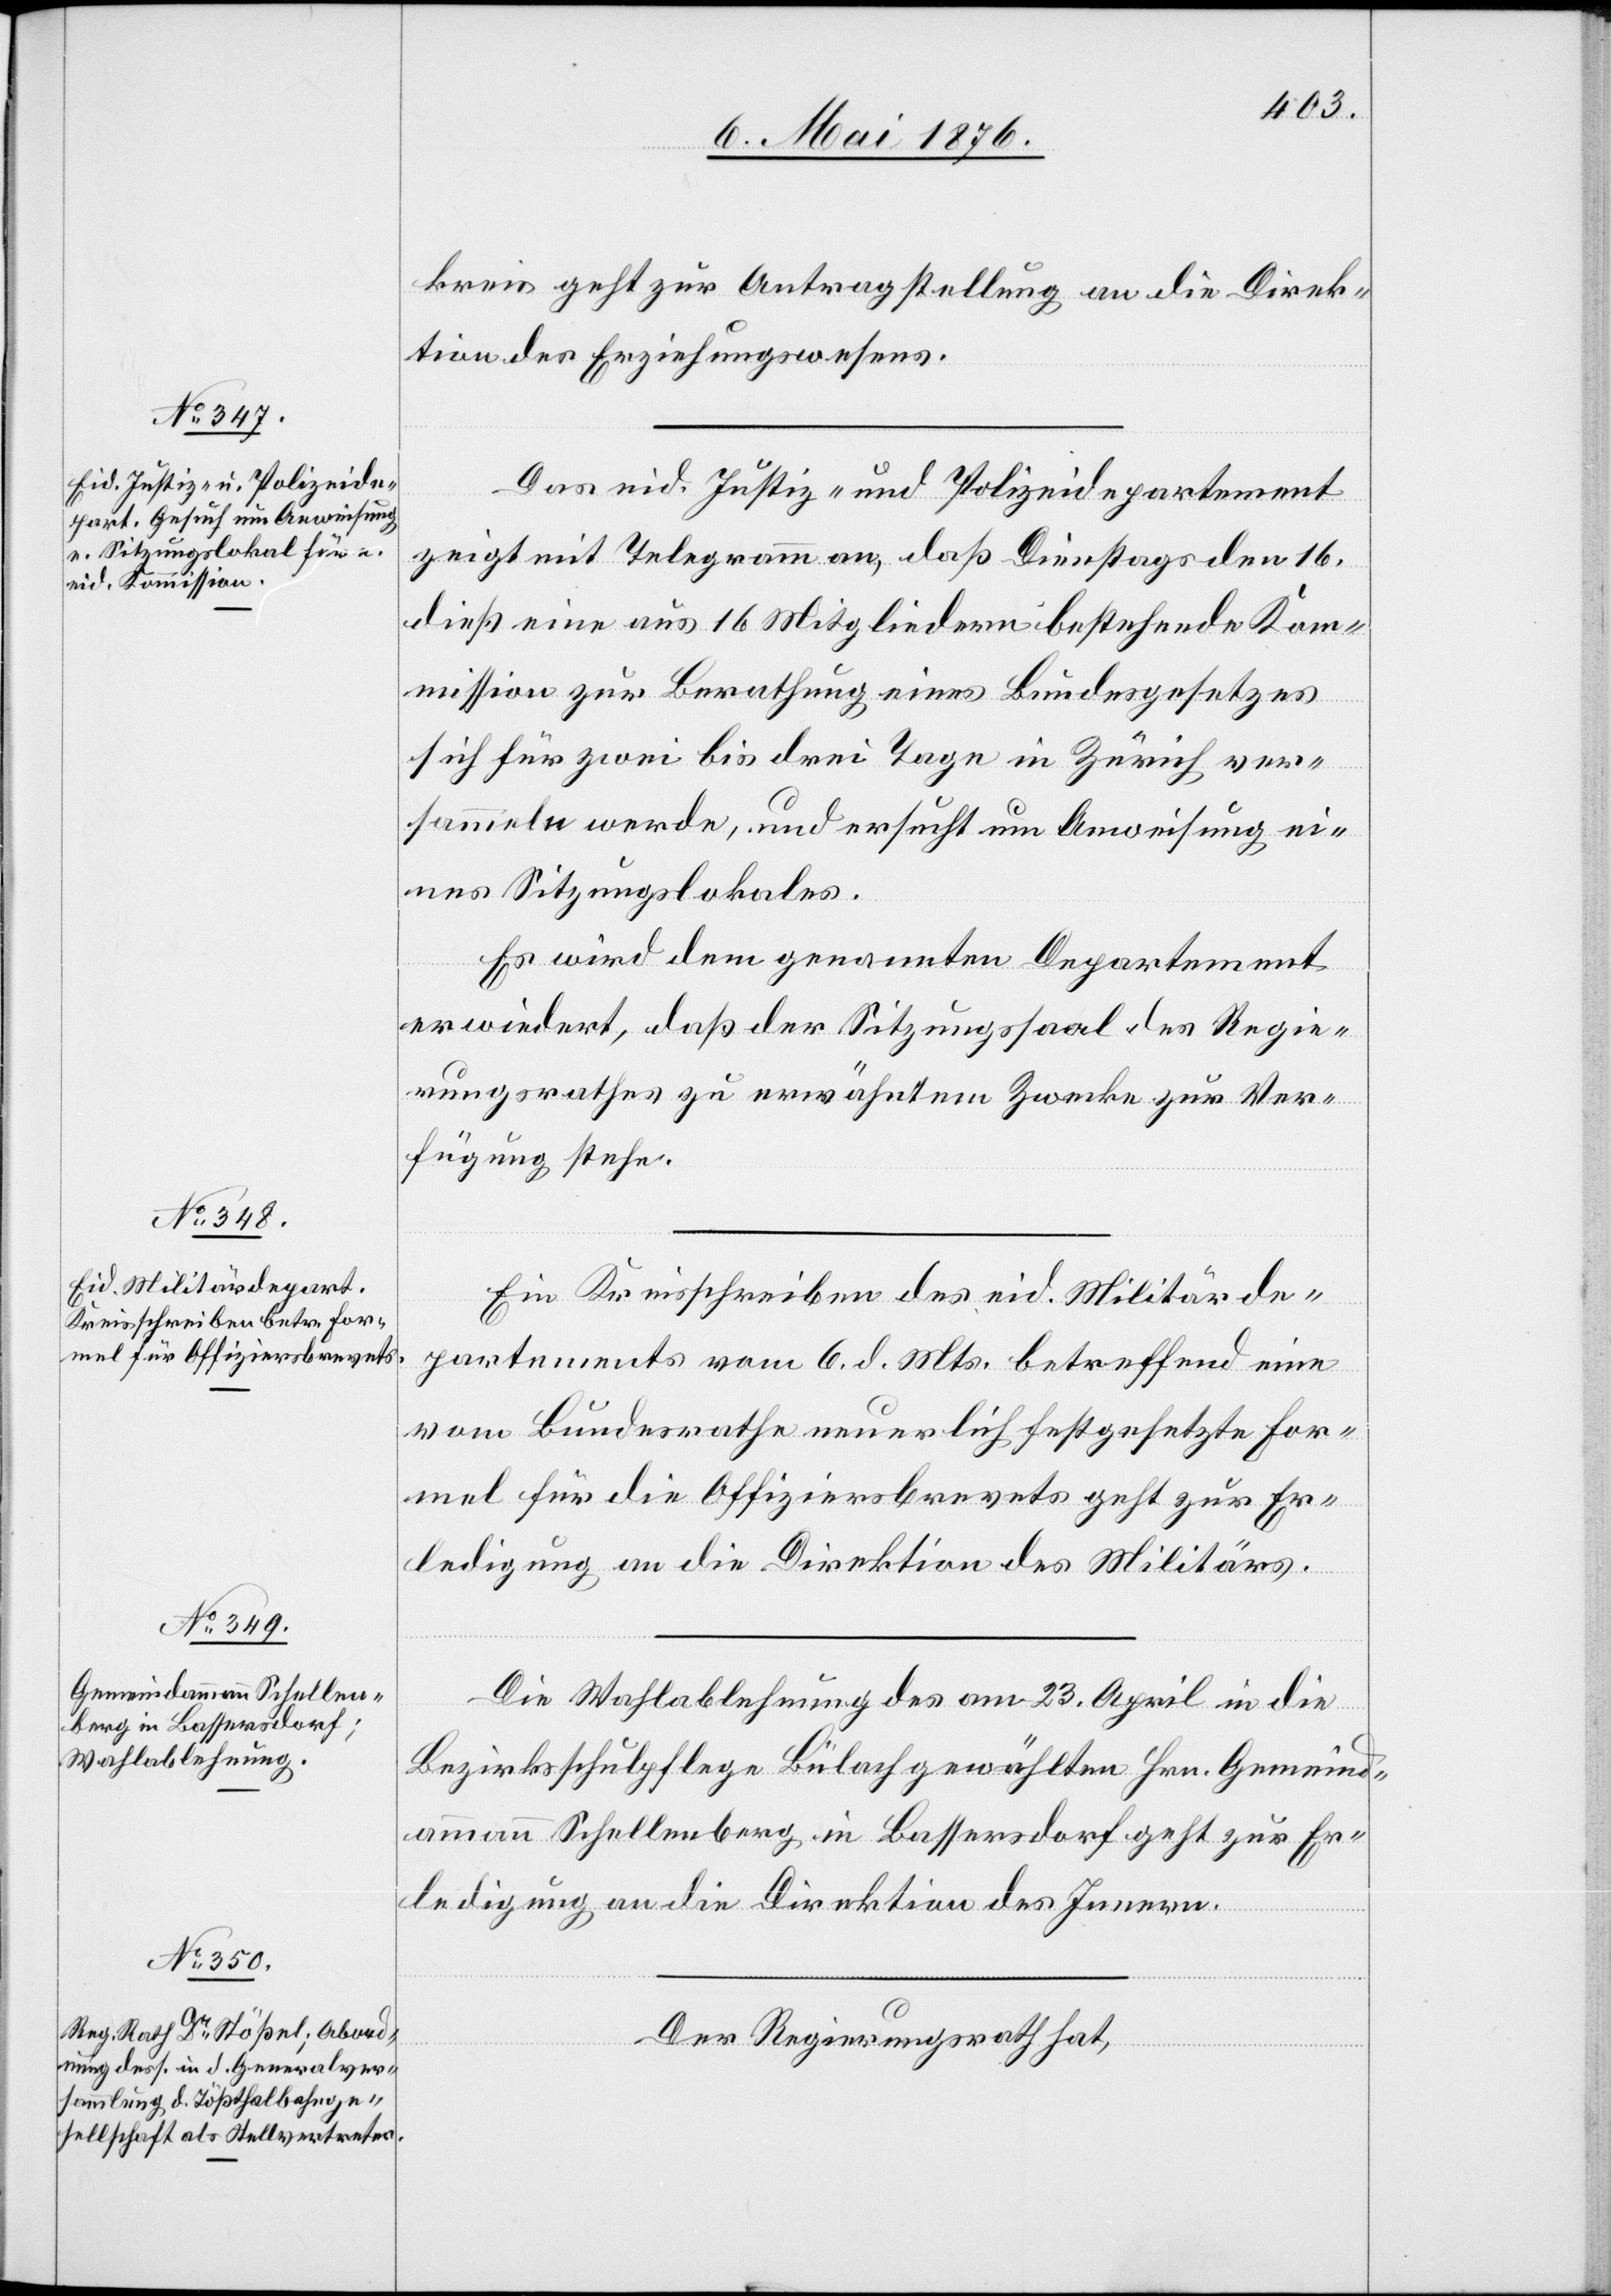
10. Mai 1876.]
kreis geht zur Antragstellung an die Direk¬
tion des Erziehungswesens.
Das eid. Justiz- und Polizeidepartement
zeigt mit Telegramm an, daß Dienstags den 16.
dieß eine aus 16 Mitgliedern bestehende Kom¬
mission zur Berathung eines Bundesgesetzes
sich für zwei bis drei Tage in Zürich ver¬
sammeln werde, und ersucht um Anweisung ei¬
nes Sitzungslokales.
Es wird dem genannten Departement
erwiedert, daß der Sitzungssaal des Regie¬
rungsrathes zu erwähntem Zwecke zur Ver¬
fügung stehe.
Ein Kreisschreiben des eid. Militärde¬
partements vom 6. d. Mts. betreffend eine
vom Bundesrathe neuerlich festgesetzte For¬
mel für die Offiziersbrevets geht zur Er¬
ledigung an die Direktion des Militärs.
Die Wahlablehnung des am 23. April in die
Bezirksschulpflege Bülach gewählten Hrn. Gemeind¬
ammann Schellenberg in Bassersdorf geht zur Er¬
ledigung an die Direktion des Innern.
Der Regierungsrath hat,